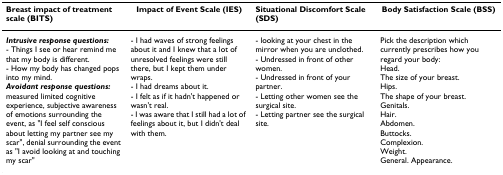
| Breast impact of treatment scale (BITS) | Impact of Event Scale (IES) | Situational Discomfort Scale (SDS) | Body Satisfaction Scale (BSS) |
 | --- | --- | --- | --- |
 | Intrusive response questions:- Things I see or hear remind me that my body is different.- How my body has changed pops into my mind.Avoidant response questions: measured limited cognitive experience, subjective awareness of emotions surrounding the event, as "I feel self conscious about letting my partner see my scar", denial surrounding the event as "I avoid looking at and touching my scar" | - I had waves of strong feelings about it and I knew that a lot of unresolved feelings were still there, but I kept them under wraps.- I had dreams about it.- I felt as if it hadn't happened or wasn't real.- I was aware that I still had a lot of feelings about it, but I didn't deal with them. | - looking at your chest in the mirror when you are unclothed.- Undressed in front of other women.- Undressed in front of your partner.- Letting other women see the surgical site.- Letting partner see the surgical site. | Pick the description which currently prescribes how you regard your body:Head.The size of your breast.Hips.The shape of your breast.Genitals.Hair.Abdomen.Buttocks.Complexion.Weight.General. Appearance. |